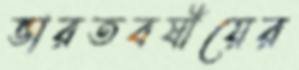
ভারতবর্ষীয়ের